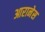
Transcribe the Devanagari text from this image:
आरानेस